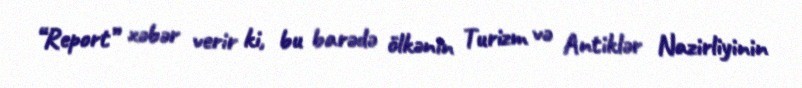
“Report” xəbər verir ki, bu barədə ölkənin Turizm və Antiklər Nazirliyinin